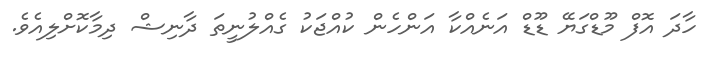
ހާދަ އޮފް މޫޑްގަޔޭ ޑޫޑް އަނެއްކާ އަންހެން ކުއްޖަކު ގެއްލުނީތަ ދާނިޝް ދިމާކޮށްލިއެވެ.